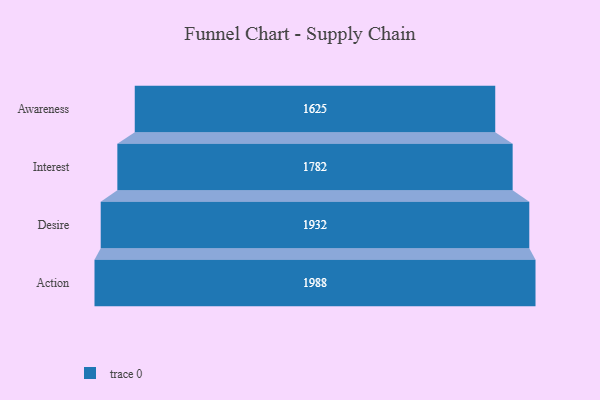
{"axis": {"x": "Stage", "y": "Value"}, "legend": [""], "data": [{"x": "Awareness", "y": 1625.0, "type": ""}, {"x": "Interest", "y": 1782.0, "type": ""}, {"x": "Desire", "y": 1932.0, "type": ""}, {"x": "Action", "y": 1988.0, "type": ""}]}